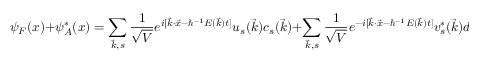
\psi _ { F } ( x ) + \psi _ { A } ^ { * } ( x ) = \sum _ { \vec { k } , s } \frac { 1 } { \sqrt { V } } e ^ { i [ \vec { k } \cdot \vec { x } - \hbar ^ { - 1 } E ( \vec { k } ) t ] } u _ { s } { ( \vec { k } ) } c _ { s } ( \vec { k } ) + \sum _ { \vec { k } , s } \frac { 1 } { \sqrt { V } } e ^ { - i [ \vec { k } \cdot \vec { x } - \hbar ^ { - 1 } E ( \vec { k } ) t ] } v _ { s } ^ { * } { ( \vec { k } ) } d _ { s } ^ { \dag } ( \vec { k } ) ,